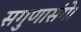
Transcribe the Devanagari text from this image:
सगुणासंगे।